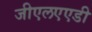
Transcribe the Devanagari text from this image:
जीएलएएडी